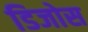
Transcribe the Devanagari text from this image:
डिजोस